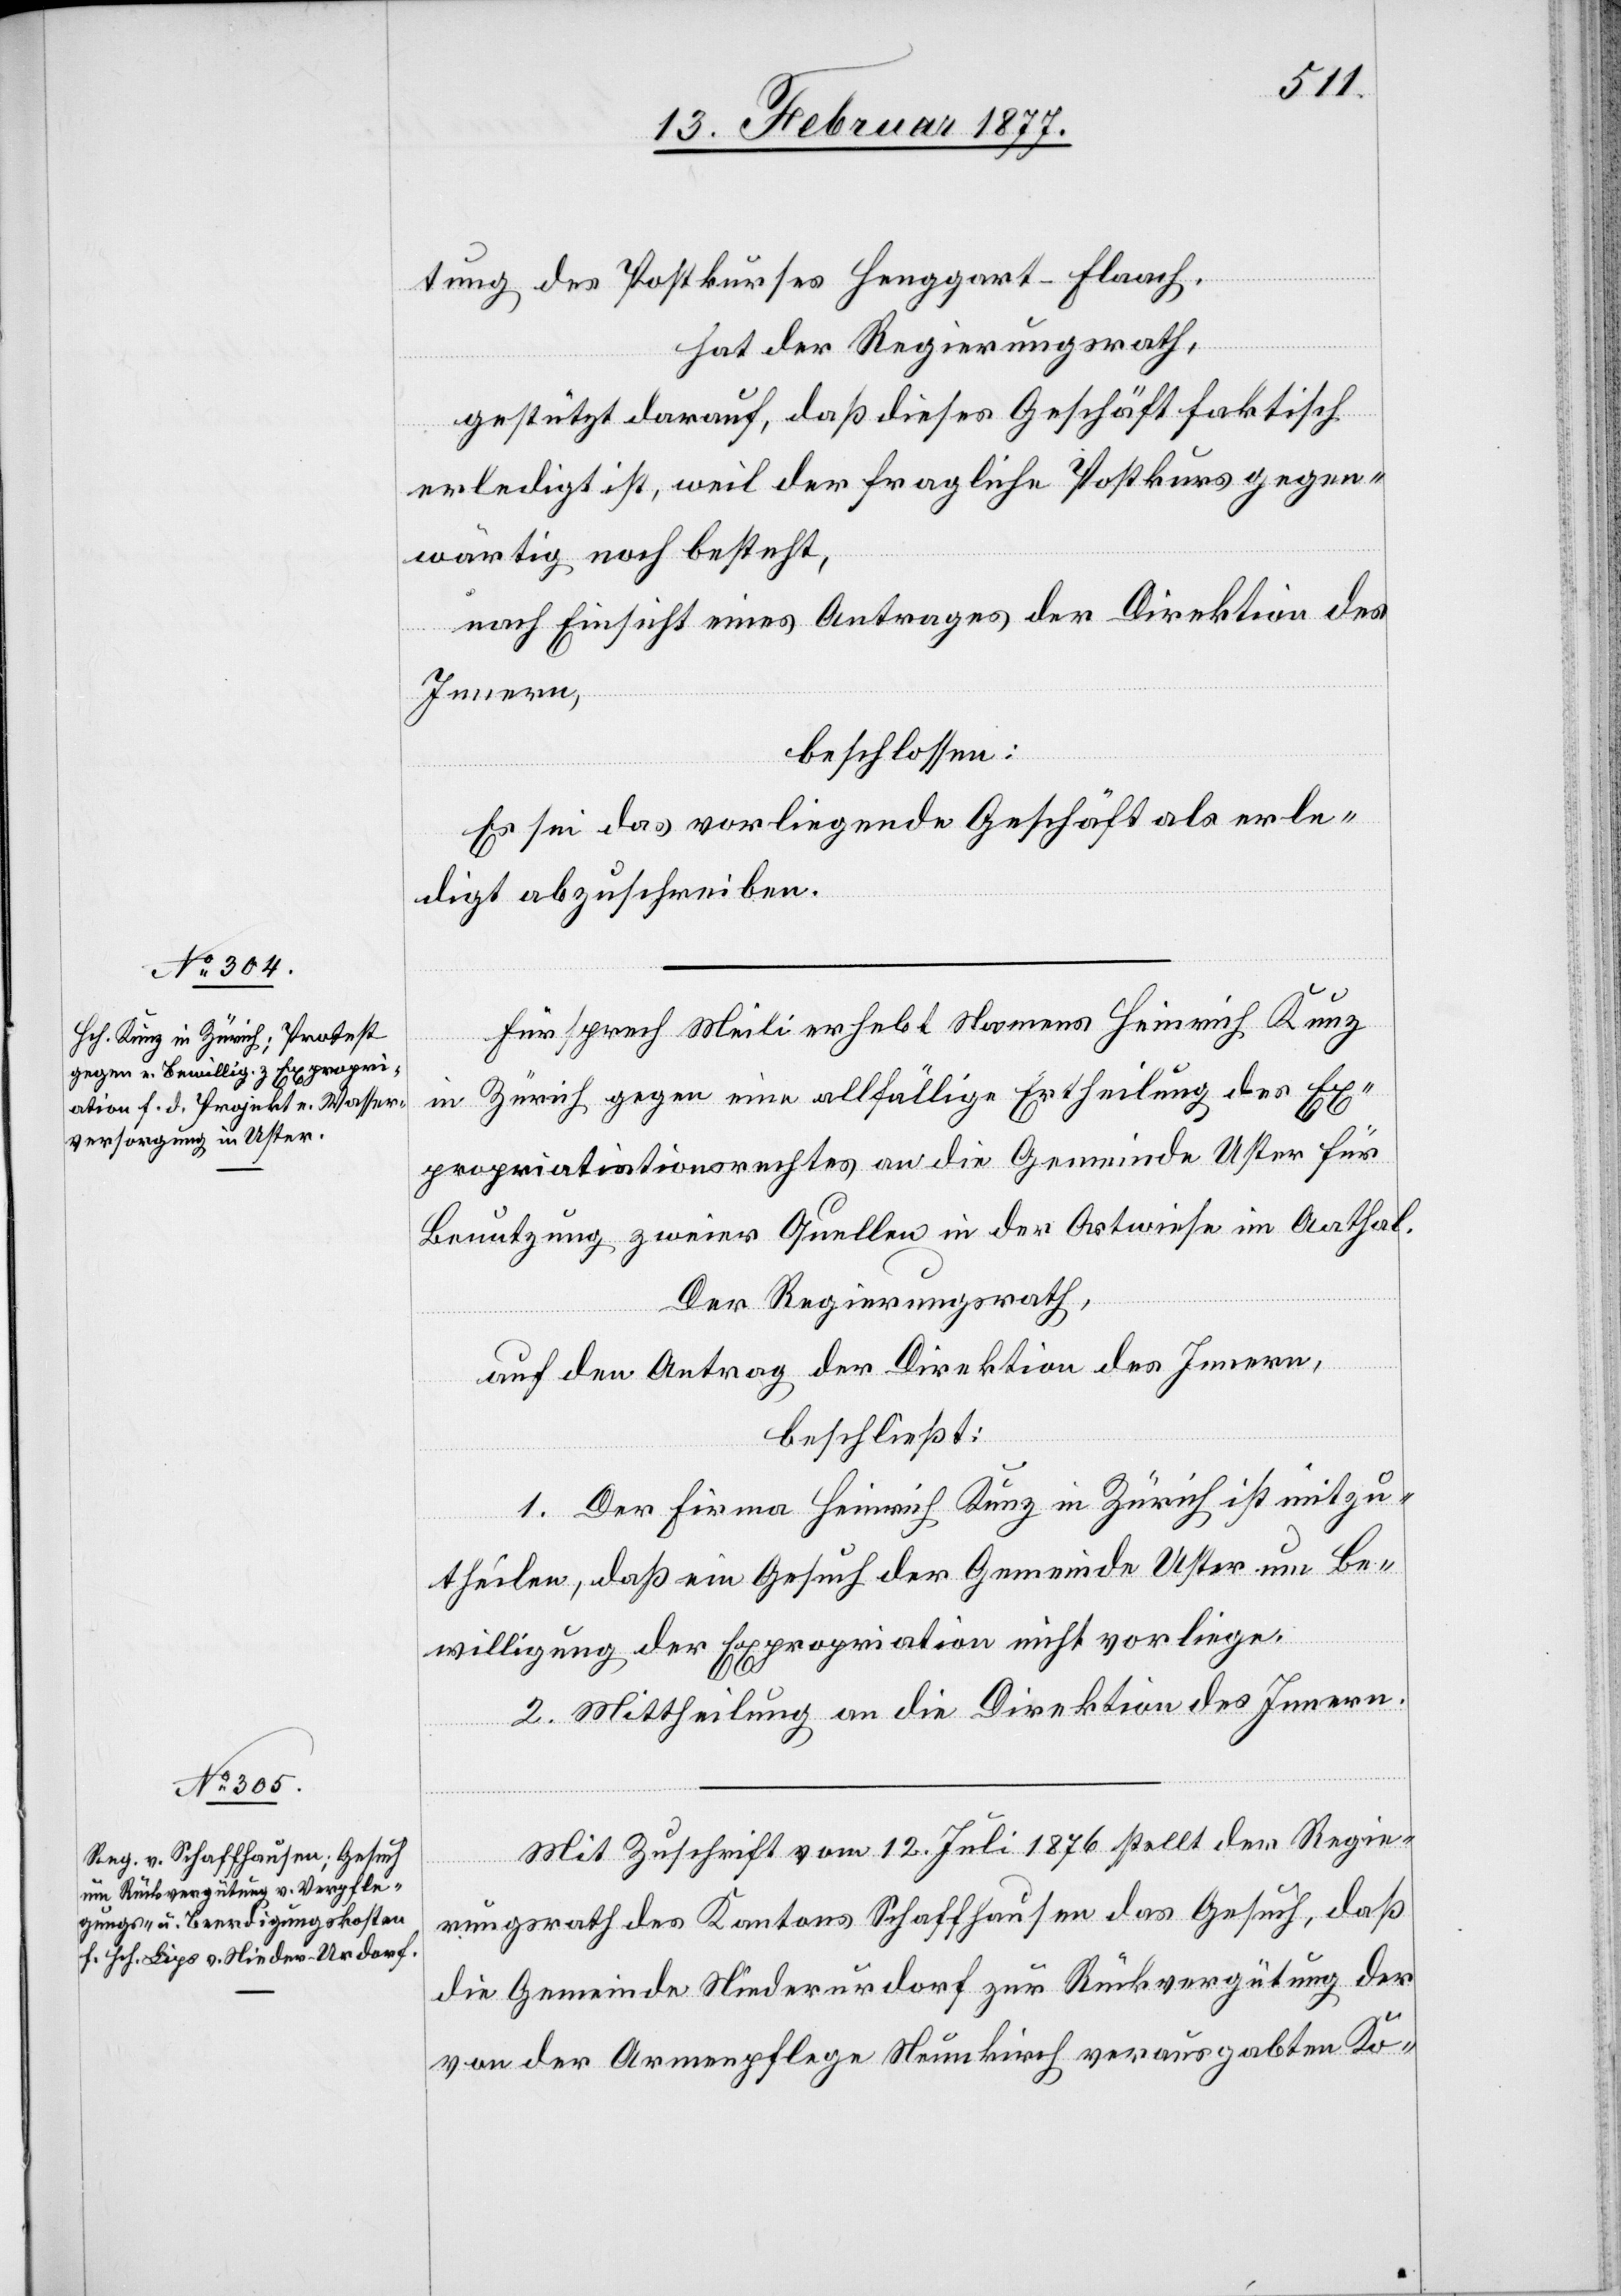
tung des Postkurses Henggart–Flaach,
hat der Regierungsrath,
gestützt darauf, daß dieses Geschäft faktisch
erledigt ist, weil der fragliche Postkurs gegen¬
wärtig noch besteht,
nach Einsicht eines Antrages der Direktion des
Innern,
beschlossen:
Es sei das vorliegende Geschäft als erle¬
digt abzuschreiben.
Fürsprech Meili erhebt Namens Heinrich Kunz
in Zürich gegen eine allfällige Ertheilung des Ex¬
propriationsrechtes an die Gemeinde Uster für
Benutzung zweier Quellen in der Artwiese im Aathal.
Der Regierungsrath,
auf den Antrag der Direktion des Innern,
beschließt:
1. Der Firma Heinrich Kunz in Zürich ist mitzu¬
theilen, daß ein Gesuch der Gemeinde Uster um Be¬
willigung der Expropriation nicht vorliege.
2. Mittheilung an die Direktion des Innern.
Mit Zuschrift vom 12. Juli 1876 stellt der Regie¬
rungsrath des Kantons Schaffhausen das Gesuch, daß
die Gemeinde Niederurdorf zur Rückvergütung der
von der Armenpflege Neunkirch verausgabten Ko-